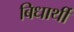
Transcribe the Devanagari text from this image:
बिधार्थी